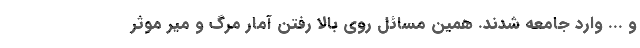
و ... وارد جامعه شدند. همین مسائل روی بالا رفتن آمار مرگ و میر موثر